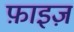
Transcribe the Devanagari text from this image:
फ़ाइज़